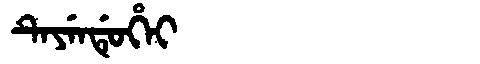
Manchu: ᡨᡝᠶᡝᠨᡩᡠᡥᡝᡳ
Romanization: TEYENDUHEI